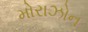
મોરાઝોન